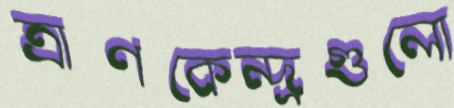
ত্রাণকেন্দ্রগুলো